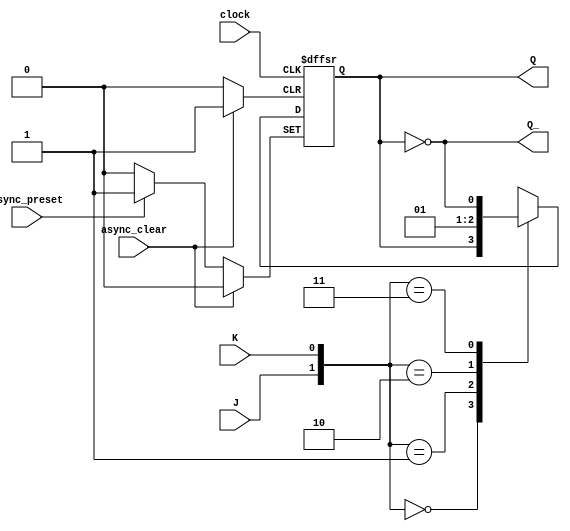
module jk_flip_flop (
    input J,
    input K,
    input clock,
    input async_preset,
    input async_clear,
    output reg Q,
    output reg Q_
);

always @(posedge clock or posedge async_preset or posedge async_clear) begin
    if (async_preset) begin
        Q <= 1'b1;
    end else if (async_clear) begin
        Q <= 1'b0;
    end else begin
        case ({J, K})
            2'b00: begin
                Q <= Q;
            end
            2'b01: begin
                Q <= 1'b0;
            end
            2'b10: begin
                Q <= 1'b1;
            end
            2'b11: begin
                Q <= ~Q;
            end
        endcase
    end
end

assign Q_ = ~Q;

endmodule